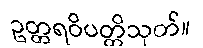
ဥတ္တရဝိပတ္တိသုတ်။